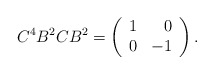
\begin{align*}C^4B^2CB^2=\left( \begin{array}{rr} 1 & 0 \\ 0 & -1 \\ \end{array}\right).\end{align*}